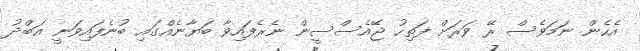
އެހެން ނަމަވެސް ރޭ ވަރަށް ފަތިހު ޖޭއެސްސީން ނެރެފައިވާ ބަޔާނެއްގައި ބުނެފައިވަނީ އަބްދު